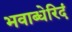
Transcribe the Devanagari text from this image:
भवाब्धेरिदं